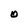
Character: O